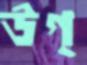
উগ্